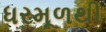
ધરમૂળથી